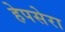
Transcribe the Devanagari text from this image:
हेपसेरा